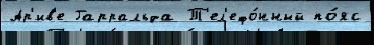
Ар'ив'е Гарральда Т'ел'ефо́нный по́яс